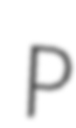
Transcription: P